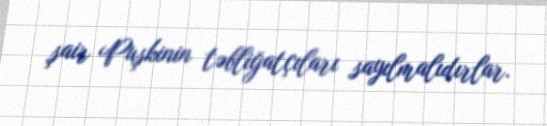
şair Puşkinin təbliğatçıları sayılmalıdırlar.